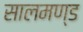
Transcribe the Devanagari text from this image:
सालमण्ड